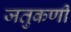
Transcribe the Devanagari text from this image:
जतुकर्णी